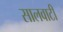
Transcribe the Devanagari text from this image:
सालवाटी